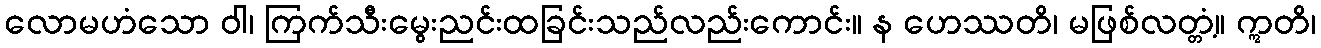
လောမဟံသော ဝါ၊ ကြက်သီးမွေးညင်းထခြင်းသည်လည်းကောင်း။ န ဟေဿတိ၊ မဖြစ်လတ္တံ့။ ဣတိ၊